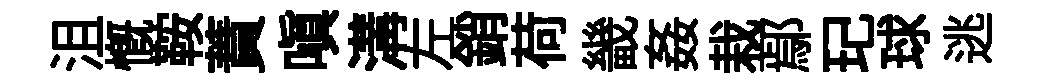
沮慨鞍蕡嗔溝左銷荷畿姦栽鄢玘球逃